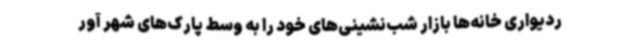
ردیواری خانه‌ها بازار شب‌نشینی‌های خود را به وسط پارک‌های شهر آور